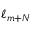
\ell _ { m + N }